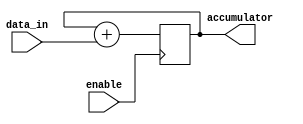
module accumulator(
    input wire [7:0] data_in,
    input wire enable,
    output reg [15:0] accumulator
);

always @(posedge enable) begin
    accumulator <= accumulator + data_in;
end

endmodule